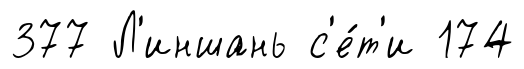
377 Л'иншань с'е́т'и 174